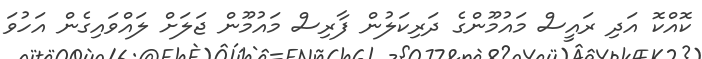
ކޮއްކޮ އަދި ރައީސް މައުމޫންގެ ދަރިކަލުން ފާރިސް މައުމޫން ޖަލަށް ލައްވައިގެން އަހުވަ